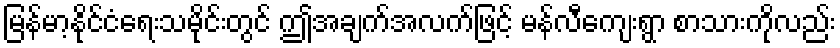
မြန်မာ့နိုင်ငံရေးသမိုင်းတွင် ဤအချက်အလက်ဖြင့် မန်လီကျေးရွာ စာသားကိုလည်း